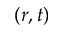
( r , t )